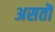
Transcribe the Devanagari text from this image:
असतॊ